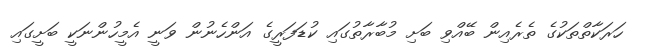
ހަރަކާތްތަކުގެ ތެރެއިން ބޭއްވި ބަށި މުބާރާތުގައި ކުޑަފަރީގެ އަންހެނުން ވަނީ އެމީހުންނަކީ ބަށީގައި